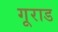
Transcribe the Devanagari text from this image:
गूराड